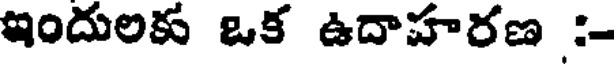
ఇందులకు ఒక ఉదాహరణ :-